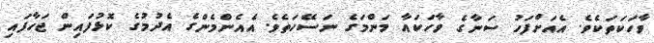
ވާހަކަތަކެވެ. އެއަށްފަހު ސަނާގެ ވާހަކައާ މަންމަގެ ނަސޭހަތެވެ. އެއެންމެންގެ އެދުމުގެ ކޮޅުފައިން ޖަހާފައި